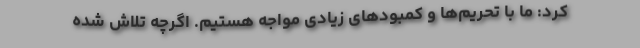
کرد: ما با تحریم‌ها و کمبودهای زیادی مواجه هستیم. اگرچه تلاش شده